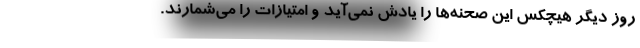
روز دیگر هیچکس این صحنه‌ها را یادش نمی‌آید و امتیازات را می‌شمارند.